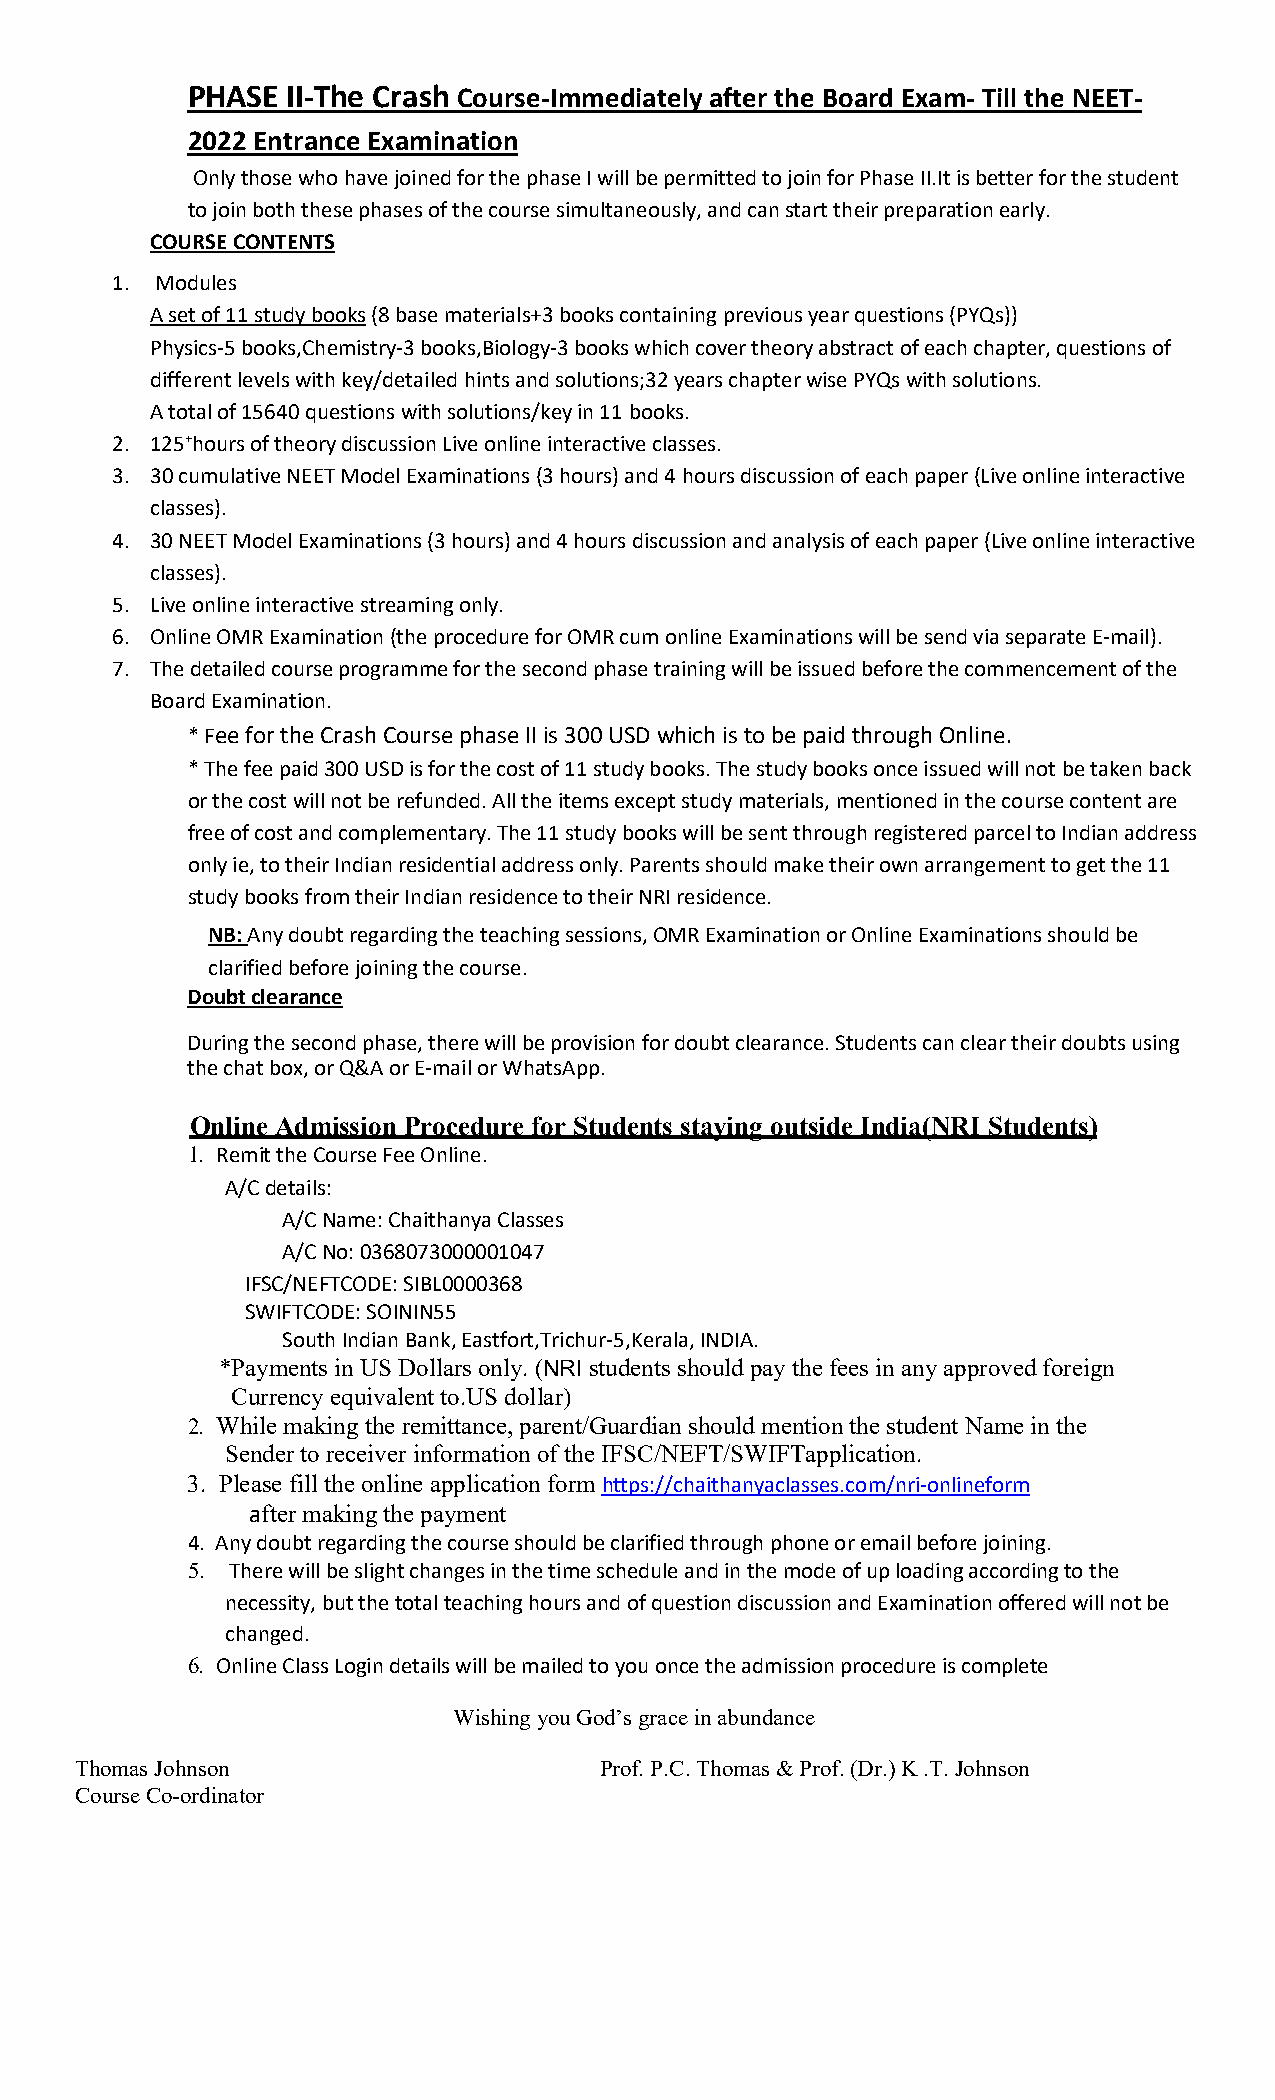
PHASE  II-The Crash Course-Immediately after the Board Exam- Till the NEET-
 2022 Entrance Examination
 Only those who have joined for the phase I will be permitted to join for Phase II.It is better for the student
 to join both these phases of the course simultaneously, and can start their preparation early.
 COURSE CONTENTS
 1. Modules
 A set of 11 study books (8 base materials+3 books containing previous year questions (PYQs))
 Physics-5 books,Chemistry-3 books,Biology-3 books which cover theory abstract of each chapter, questions of
 different levels with key/detailed hints and solutions;32 years chapter wise PYQs with solutions.
 A total of 15640 questions with solutions/key in 11 books.
 2. 125+hours of theory discussion Live online interactive classes.
 3. 30 cumulative NEET Model Examinations (3 hours) and 4 hours discussion of each paper (Live online interactive
 classes).
 4. 30 NEET Model Examinations (3 hours) and 4 hours discussion and analysis of each paper (Live online interactive
 classes).
 5. Live online interactive streaming only.
 6. Online OMR Examination (the procedure for OMR cum online Examinations will be send via separate E-mail).
 7. The detailed course programme for the second phase training will be issued before the commencement of the
 Board Examination.
 * Fee for the Crash Course phase II is 300 USD which is to be paid through Online.
 * The fee paid 300 USD is for the cost of 11 study books. The study books once issued will not be taken back
 or the cost will not be refunded. All the items except study materials, mentioned in the course content are
 free of cost and complementary. The 11 study books will be sent through registered parcel to Indian address
 only ie, to their Indian residential address only. Parents should make their own arrangement to get the 11
 study books from their Indian residence to their NRI residence.
 NB: Any doubt regarding the teaching sessions, OMR Examination or Online Examinations should be
 clarified before joining the course.
 Doubt clearance
 During the second phase, there will be provision for doubt clearance. Students can clear their doubts using
 the chat box, or Q&A or E-mail or WhatsApp.
 Online Admission Procedure for Students staying outside India(NRI Students)
 1. Remit the Course Fee Online.
 A/C details:
 A/C Name: Chaithanya Classes
 A/C No: 0368073000001047
 IFSC/NEFTCODE: SIBL0000368
 SWIFTCODE: SOININ55
 South Indian Bank, Eastfort,Trichur-5,Kerala, INDIA.
 *Payments in US Dollars only. (NRI students should pay the fees in any approved foreign
 Currency equivalent to.US dollar)
 2. While making the remittance, parent/Guardian should mention the student Name in the
 Sender to receiver information of the IFSC/NEFT/SWIFTapplication.
 3. Please fill the online application form https://chaithanyaclasses.com/nri-onlineform
 after making the payment
 4. Any doubt regarding the course should be clarified through phone or email before joining.
 5. There will be slight changes in the time schedule and in the mode of up loading according to the
 necessity, but the total teaching hours and of question discussion and Examination offered will not be
 changed.
 6. Online Class Login details will be mailed to you once the admission procedure is complete
 Wishing you God’s grace in abundance
 Thomas Johnson                     Prof. P.C. Thomas & Prof. (Dr.) K .T. Johnson
 Course Co-ordinator